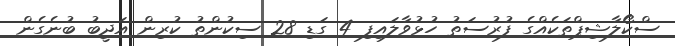
ސްކޯލާޝިޕްތަކެއްގެ ފުރުސަތު ހުޅުވާލައިފި 4 ގަޑި 28 ސިކުންތު ކުރިން އަދީބު ބުނެގެން